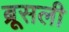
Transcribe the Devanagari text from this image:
ब्रूसली